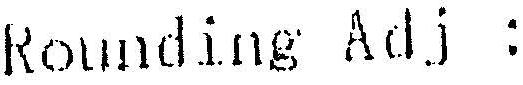
ROUNDING ADJ :